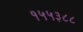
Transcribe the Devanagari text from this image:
१५५३८८